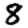
Digit: 8